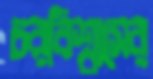
চরবিশ্বাসের